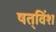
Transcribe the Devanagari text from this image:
षत्‌विंश